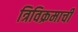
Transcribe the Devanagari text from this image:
त्रिविक्रमाची